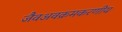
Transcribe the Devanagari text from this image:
जैवअवक्रमकरणीय